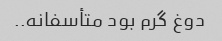
دوغ گرم بود متأسفانه..